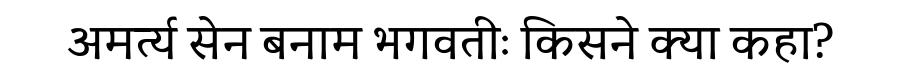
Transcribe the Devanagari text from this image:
अमर्त्य सेन बनाम भगवतीः किसने क्या कहा?